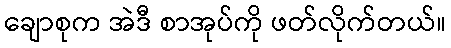
ချောစုက အဲဒီ စာအုပ်ကို ဖတ်လိုက်တယ်။